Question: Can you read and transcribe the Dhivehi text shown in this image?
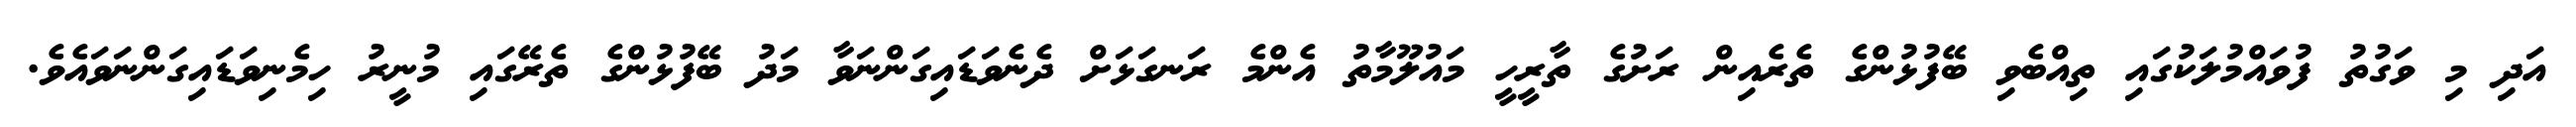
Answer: އަދި މި ވަގުތު ފުވައްމުލަކުގައި ތިއްބެވި ބޭފުޅުންގެ ތެރެއިން ރަށުގެ ތާރީހީ މައުލޫމާތު އެންމެ ރަނގަޅަށް ދެނެވަޑައިގަންނަވާ މަދު ބޭފުޅުންގެ ތެރޭގައި މުނީރު ހިމެނިވަޑައިގަންނަވައެވެ.